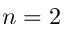
n = 2